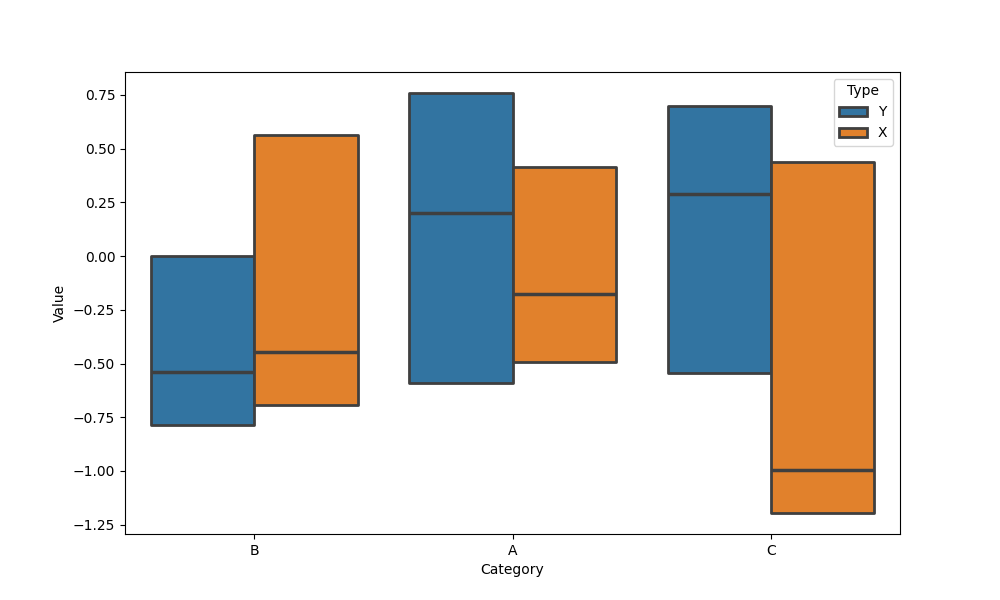
python, seaborn, boxenplot, k_depth='tukey', linewidth=2, scale='linear', outlier_prop=0.1, showfliers=False